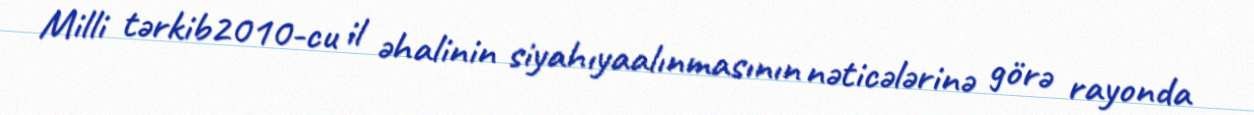
Milli tərkib2010-cu il əhalinin siyahıyaalınmasının nəticələrinə görə rayonda